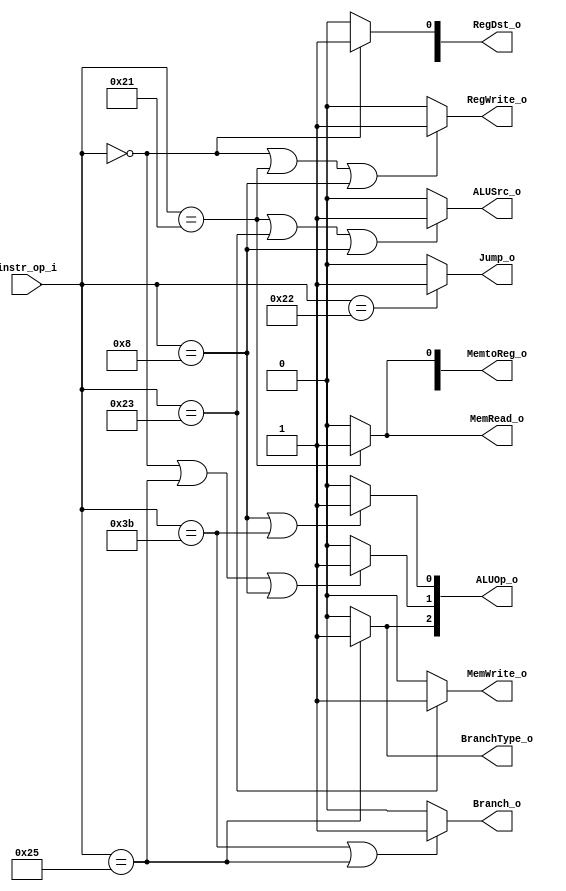
module Decoder( instr_op_i, RegWrite_o,	ALUOp_o, ALUSrc_o, RegDst_o, Jump_o, Branch_o, BranchType_o, MemWrite_o, MemRead_o, MemtoReg_o );
     
//I/O ports
input	[6-1:0] instr_op_i;

output			RegWrite_o;
output	[3-1:0] ALUOp_o;
output			ALUSrc_o;
output	[2-1:0]	RegDst_o, MemtoReg_o;
output			Jump_o, Branch_o, BranchType_o, MemWrite_o, MemRead_o;
 
//Internal Signals
wire	[3-1:0] ALUOp_o;
wire			ALUSrc_o;
wire			RegWrite_o;
wire	[2-1:0]	RegDst_o, MemtoReg_o;
wire			Jump_o, Branch_o, BranchType_o, MemWrite_o, MemRead_o;

//Main function
/*your code here*/

// Op field
// R format = 000000
// lw       = 100001
// sw       = 100011
// beq      = 111011
// bne      = 100101
// addi     = 001000
// jump     = 100010

// ALUOp
// R format = 010
// addi     = 011
// lw, sw   = 000
// beq      = 001
// bne      = 110
// jump     = x

assign ALUOp_o[0] = (instr_op_i == 6'b001000 || instr_op_i == 6'b111011) ? 1'b1 : 1'b0; // addi, beq
assign ALUOp_o[1] = (instr_op_i == 6'b000000 || instr_op_i == 6'b100101 || instr_op_i == 6'b001000) ? 1'b1 : 1'b0; // R format, bne, addi
assign ALUOp_o[2] = (instr_op_i == 6'b100101) ? 1'b1 : 1'b0; // bne

assign ALUSrc_o      = (instr_op_i == 6'b100001 || instr_op_i == 6'b100011 || instr_op_i == 6'b001000) ? 1'b1 : 1'b0; // lw, sw, addi
assign RegWrite_o    = (instr_op_i == 6'b000000 || instr_op_i == 6'b100001 || instr_op_i == 6'b001000) ? 1'b1 : 1'b0; // R format, lw, addi
assign RegDst_o[0]   = (instr_op_i == 6'b000000) ? 1'b1 : 1'b0; // R format
assign MemtoReg_o[0] = (instr_op_i == 6'b100001) ? 1'b1 : 1'b0; // lw
assign Jump_o        = (instr_op_i == 6'b100010) ? 1'b1 : 1'b0; // jump
assign Branch_o      = (instr_op_i == 6'b111011 || instr_op_i == 6'b100101) ? 1'b1 : 1'b0; // beq, bne 
assign BranchType_o  = (instr_op_i == 6'b100101) ? 1'b1 : 1'b0; // bne
assign MemWrite_o    = (instr_op_i == 6'b100011) ? 1'b1 : 1'b0; // sw
assign MemRead_o     = (instr_op_i == 6'b100001) ? 1'b1 : 1'b0; // lw


endmodule